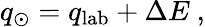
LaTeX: q_{\odot}=q_{\mathrm{lab}}+\Delta E~,